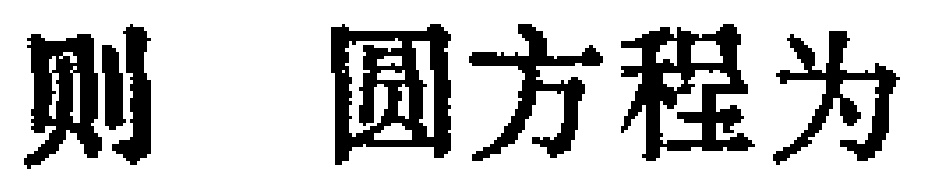
则 圆方程为